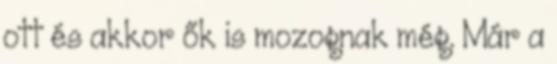
ott és akkor ők is mozognak még. Már a